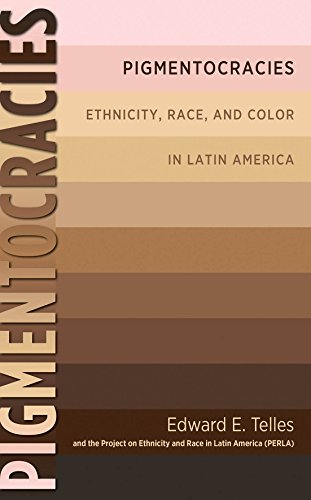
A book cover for Pigmentocracies: Ethnicity, Race, and Color in Latin America; Edward Telles; History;